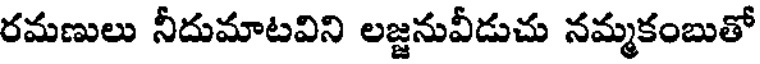
రమణులు నీదుమాటవిని లజ్జనువీడుచు నమ్మకంబుతో